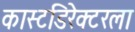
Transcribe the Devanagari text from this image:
कास्टडिरेक्टरला